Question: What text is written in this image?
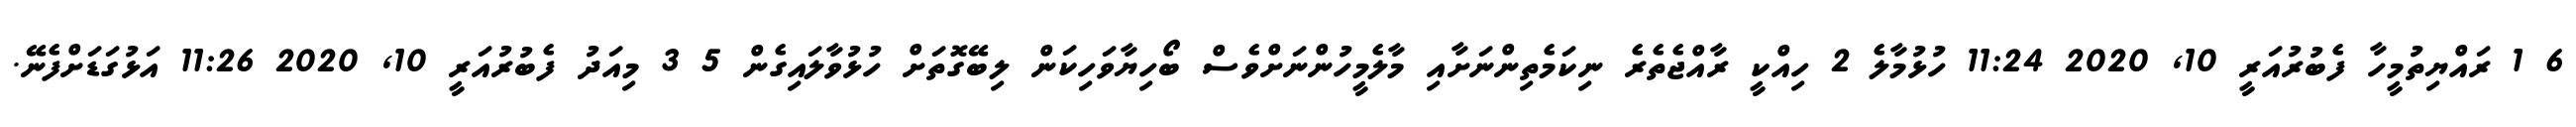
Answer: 6 1 ރައްޔިތުމީހާ ފެބުރުއަރީ 10, 2020 11:24 ހުޅުމާލެ 2 ހިއްކީ ރާއްޖެތެރެ ނިކަމެތިންނަށާއި މާލެމީހުންނަށްވެސް ބޯހިޔާވަހިކަން ލިބޭގޮތަށް ހުޅުވާލައިގެން 5 3 މިއަދު ފެބުރުއަރީ 10, 2020 11:26 އަޅުގަޑަށްފެނޭ.